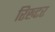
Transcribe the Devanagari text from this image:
रिख्टर